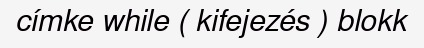
címke while ( kifejezés ) blokk